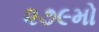
૨૭૯મો